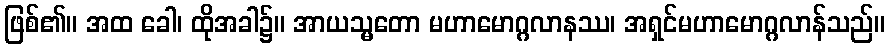
ဖြစ်၏။ အထ ခေါ၊ ထိုအခါ၌။ အာယသ္မတော မဟာမောဂ္ဂလာနဿ၊ အရှင်မဟာမောဂ္ဂလာန်သည်။